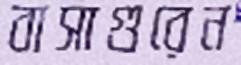
বাসাগুরেন